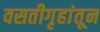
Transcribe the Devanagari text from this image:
वसतीगृहांतून